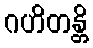
ဂဟိတန္တိ